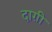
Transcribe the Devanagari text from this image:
दाग़ी